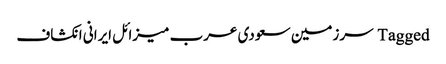
Tagged سرزمین سعودی عرب میزائل ایرانی انکشاف